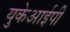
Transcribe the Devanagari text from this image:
युकेआईपी